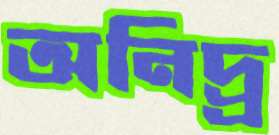
অনিদ্র্র